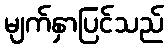
မျက်နှာပြင်သည်